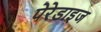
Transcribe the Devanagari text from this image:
पेरेडाइज